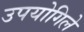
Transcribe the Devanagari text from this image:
उपयोगिले